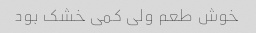
خوش طعم ولی کمی خشک بود